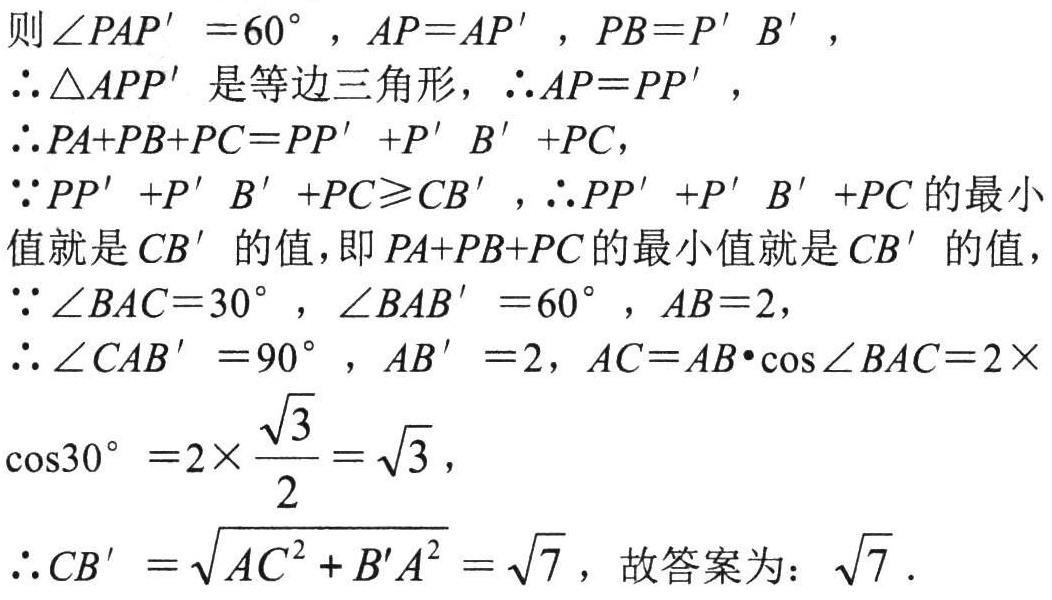
则\(\angle PAP' = 60^{\circ}\)，\(AP = AP'\)，\(PB = P'B'\)，

\(\therefore \triangle APP'\)是等边三角形，\(\therefore AP = PP'\)，

\(\therefore PA + PB + PC = PP' + P'B' + PC\)，

\(\because PP' + P'B' + PC\geqslant CB'\)，\(\therefore PP' + P'B' + PC\)的最小值就是\(CB'\)的值，即\(PA + PB + PC\)的最小值就是\(CB'\)的值，

\(\because \angle BAC = 30^{\circ}\)，\(\angle BAB' = 60^{\circ}\)，\(AB = 2\)，

\(\therefore \angle CAB' = 90^{\circ}\)，\(AB' = 2\)，\(AC = AB\cdot\cos\angle BAC = 2\times\)

\(\cos30^{\circ} = 2\times\frac{\sqrt{3}}{2}=\sqrt{3}\)，

\(\therefore CB' = \sqrt{AC^{2} + B'A^{2}}=\sqrt{7}\)，故答案为：\(\sqrt{7}\)．